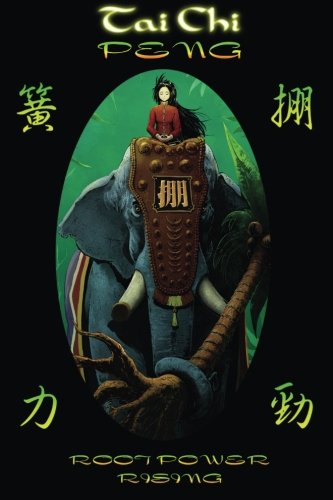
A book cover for Tai Chi PENG Root Power Rising; Scott Meredith; Health, Fitness & Dieting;